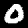
Label: 0